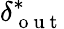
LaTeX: \delta_{\mathrm{~o~u~t~}}^{*}